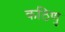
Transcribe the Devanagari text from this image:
कठिणु